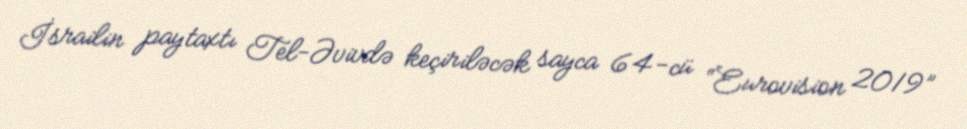
İsrailin paytaxtı Tel-Əvivdə keçiriləcək sayca 64-cü “Eurovision 2019”